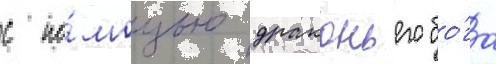
с по́мощью драконьего бо́га